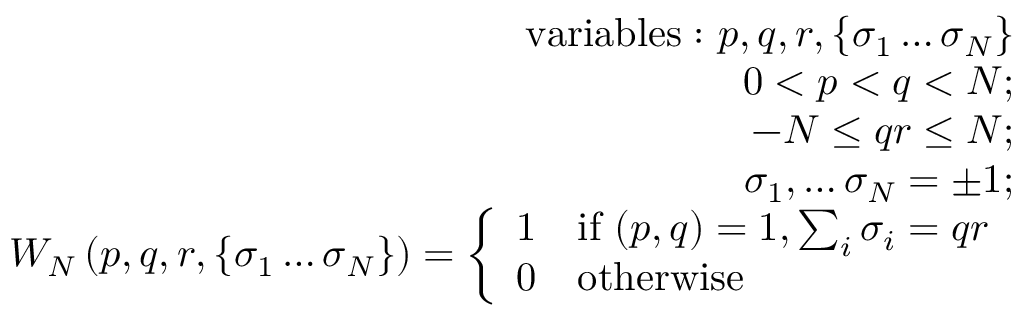
\begin{array} { r l r } & { } & { \mathrm { v a r i a b l e s : ~ } p , q , r , \left\{ \sigma _ { 1 } \dots \sigma _ { N } \right\} } \\ & { } & { 0 < p < q < N ; } \\ & { } & { - N \le q r \le N ; } \\ & { } & { \sigma _ { 1 } , \dots \sigma _ { N } = \pm 1 ; } \\ & { } & { W _ { N } \left( p , q , r , \left\{ \sigma _ { 1 } \dots \sigma _ { N } \right\} \right) = \left\{ \begin{array} { l l } { 1 } & { \mathrm { i f ~ } ( p , q ) = 1 , \sum _ { i } \sigma _ { i } = q r } \\ { 0 } & { \mathrm { o t h e r w i s e } } \end{array} \right. } \end{array}